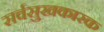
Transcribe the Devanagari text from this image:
सर्वसुखकारक